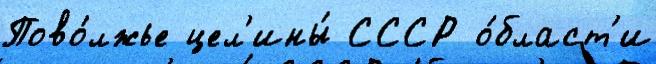
Пово́лжье цел'ины́ СССР о́бласт'и